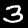
Digit: 3